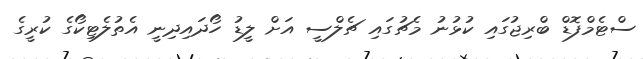
ސްޓެމްފޮޑް ބްރިޖުގައި ކުޅުނު މެޗުގައި ޗެލްސީ އަށް ލީޑު ހޯދައިދިނީ އެތުލެޓިކޯގެ ކުރީގެ